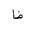
Letter: _za